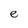
Character: e